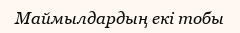
Маймылдардың екі тобы